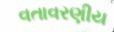
વતાવરણીય